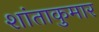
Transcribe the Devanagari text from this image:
शांताकुमार